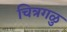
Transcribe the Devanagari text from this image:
चित्रगळु